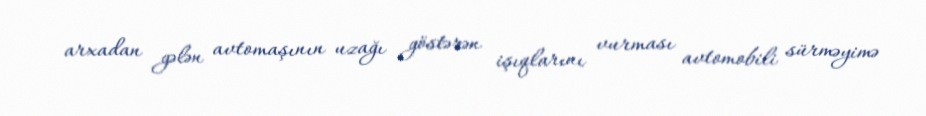
arxadan gələn avtomaşının uzağı göstərən işıqlarını vurması avtomobili sürməyimə